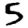
Digit: 5